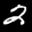
Label: 2